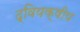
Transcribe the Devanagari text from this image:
द्वियक्षीय